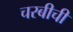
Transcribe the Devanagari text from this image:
चरबीची